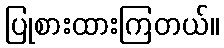
ပြုစားထားကြတယ်။